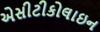
એસીટીકોલાઇન